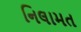
નિલામત